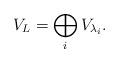
LaTeX: \begin{align*}V_L=\bigoplus_i V_{\lambda_i}.\end{align*}